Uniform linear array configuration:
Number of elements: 12
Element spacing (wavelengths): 0.25
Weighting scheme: blackman
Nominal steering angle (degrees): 60
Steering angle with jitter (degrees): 60.983
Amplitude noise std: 0.05
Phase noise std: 0.05

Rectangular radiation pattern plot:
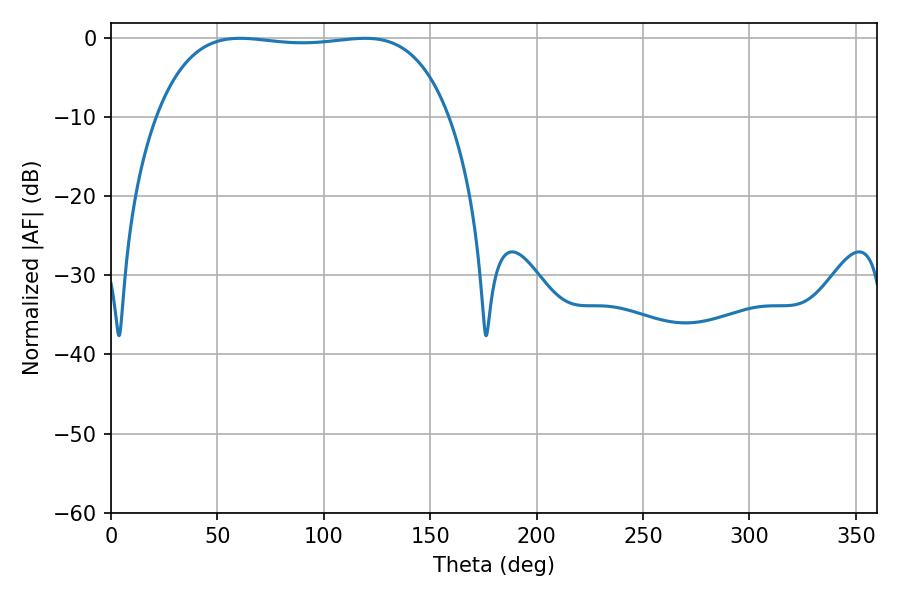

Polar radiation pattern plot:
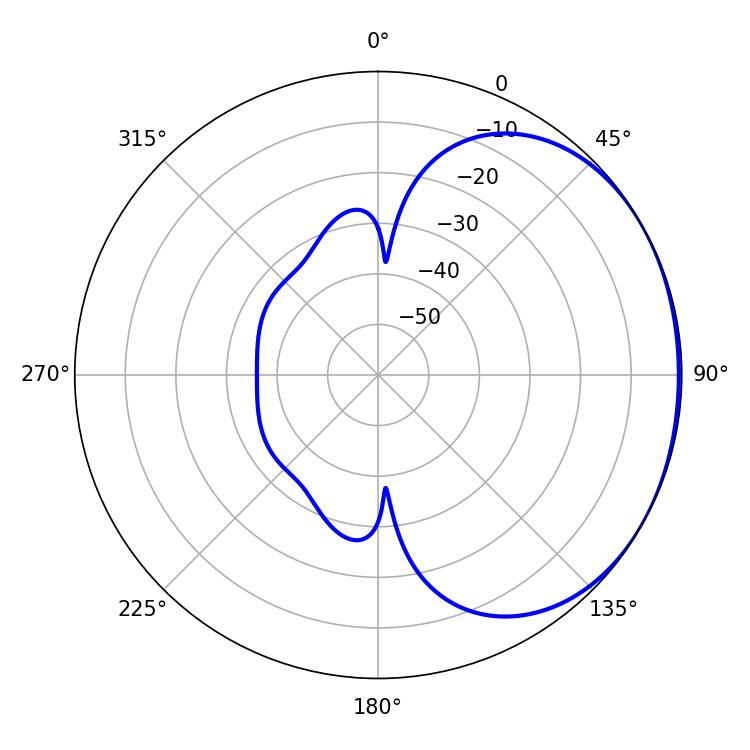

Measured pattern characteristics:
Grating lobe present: FALSE
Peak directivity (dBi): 1.139
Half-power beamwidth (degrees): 109.08
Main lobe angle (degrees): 60.66